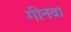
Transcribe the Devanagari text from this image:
गीनवा